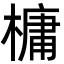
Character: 槦